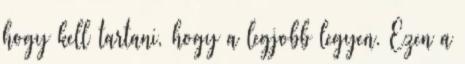
hogy kell tartani, hogy a legjobb legyen. Ezen a